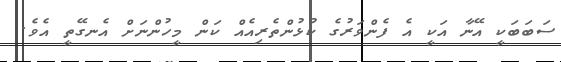
ސަބަބަކީ އޭނާ އަކީ އެ ފެންވަރުގެ ކުޅުންތެރިއެއް ކަން މީހުންނަށް އެނގޭތީ އެވެ.